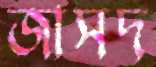
জাসদ